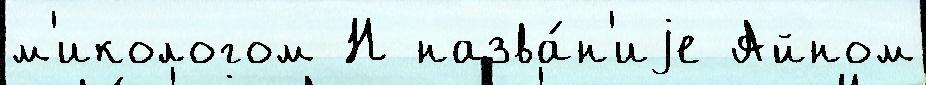
м'икологом Н назва́н'иjе Айном